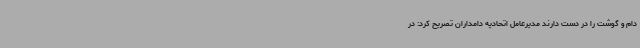
دام و گوشت را در دست دارند مدیرعامل اتحادیه دامداران تصریح کرد: در